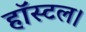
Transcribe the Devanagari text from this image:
हॉस्टल।